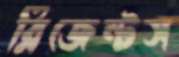
রিজেন্টস